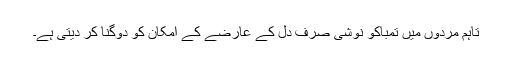
تاہم مردوں میں تمباکو نوشی صرف دل کے عارضے کے امکان کو دوگنا کر دیتی ہے۔